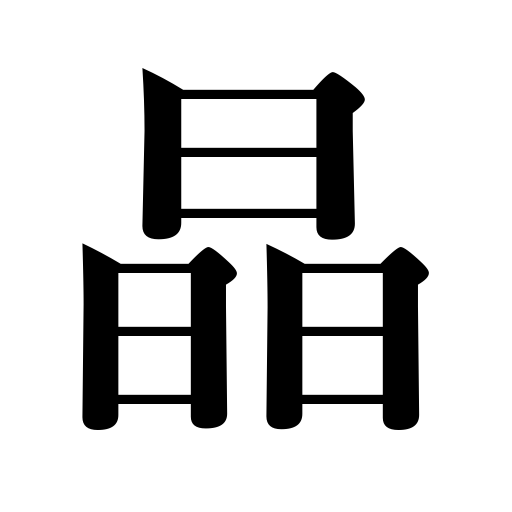
Meanings: crystal,clear